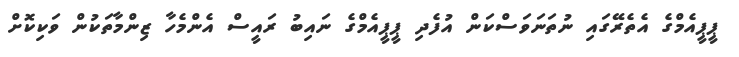
ޕީޕީއެމްގެ އެތެރޭގައި ނުތަނަވަސްކަން އުފެދި ޕީޕީއެމްގެ ނައިބު ރައީސް އެންމެހާ ޒިންމާތަކުން ވަކިކޮށް